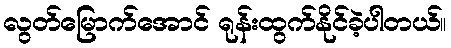
လွတ်မြောက်အောင် ရုန်းထွက်နိုင်ခဲ့ပါတယ်။